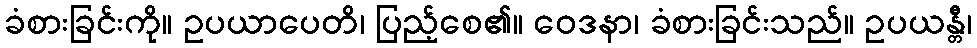
ခံစားခြင်းကို။ ဥပယာပေတိ၊ ပြည့်စေ၏။ ဝေဒနာ၊ ခံစားခြင်းသည်။ ဥပယန္တီ၊